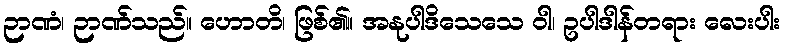
ဉာဏံ၊ ဉာဏ်သည်။ ဟောတိ၊ ဖြစ်၏။ အနုပါဒိသေသေ ဝါ၊ ဥပါဒါန်တရား လေးပါး